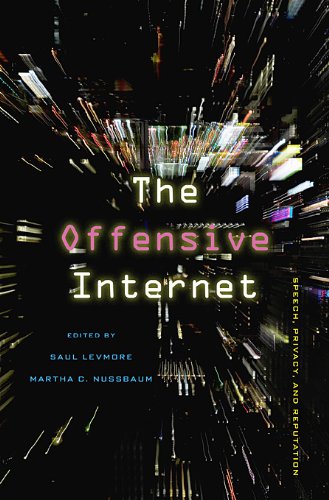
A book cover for The Offensive Internet: Speech, Privacy, and Reputation; Computers & Technology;